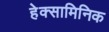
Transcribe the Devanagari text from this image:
हेक्सामिनिक